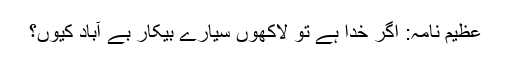
عظیم نامہ: اگر خدا ہے تو لاکھوں سیارے بیکار بے آباد کیوں؟